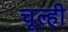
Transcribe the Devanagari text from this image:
चूल्ही